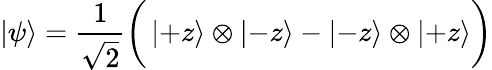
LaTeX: \left|\psi\right\rangle={\frac{1}{\sqrt{2}}}{\bigg(}\left|+z\right\rangle\otimes\left|-z\right\rangle-\left|-z\right\rangle\otimes\left|+z\right\rangle{\bigg)}